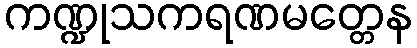
ကဏ္ဍုသကရဏမတ္တေန